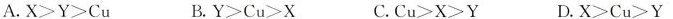
A.$$X > Y > C u$$ B.$$Y > C u > X $$C.$$C u > X > Y$$ D.$$X > C u > Y$$